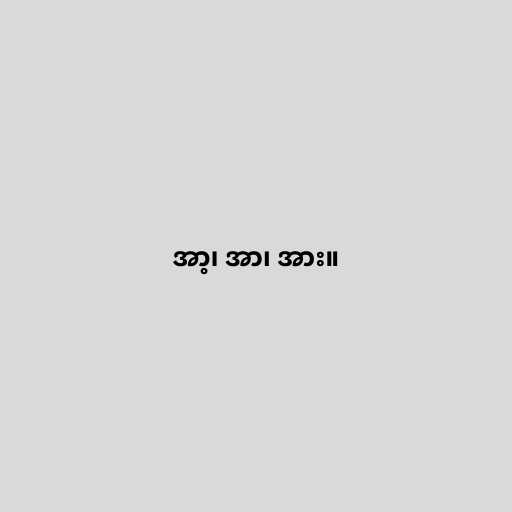
အာ့၊ အာ၊ အား။